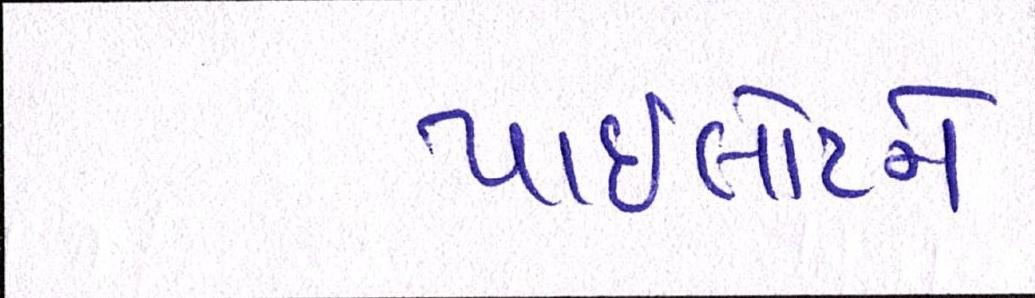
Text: પાઈલોટને